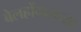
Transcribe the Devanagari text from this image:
बेलहोंगलच्या